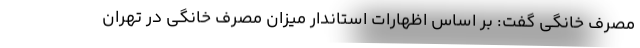
مصرف خانگی گفت: بر اساس اظهارات استاندار میزان مصرف خانگی در تهران